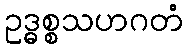
ဥဒ္ဓစ္စသဟဂတံ